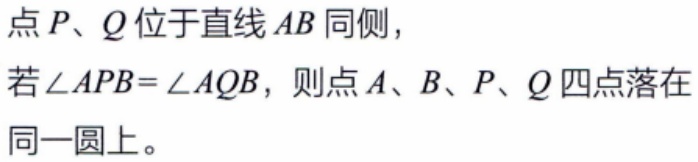
点\(P\)、\(Q\)位于直线\(AB\)同侧，
若\(\angle APB = \angle AQB\)，则点\(A\)、\(B\)、\(P\)、\(Q\)四点落在同一圆上。